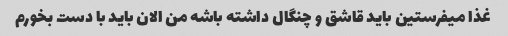
غذا میفرستین باید قاشق و چنگال داشته باشه من الان باید با دست بخورم